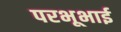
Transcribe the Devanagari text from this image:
परभूभाई